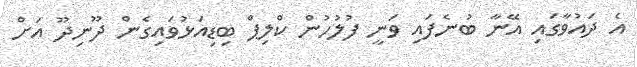
އެ ދައުވާގައި އޭނާ ބުނެފައި ވަނީ ފުލުހުން ކްލިޕް ބިޑިއަޅުވައިގެން ދޫނިދޫ އަށް